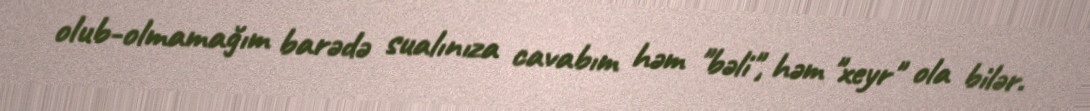
olub-olmamağım barədə sualınıza cavabım həm "bəli", həm "xeyr" ola bilər.